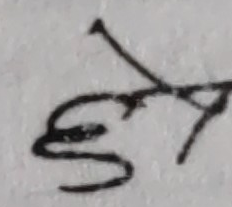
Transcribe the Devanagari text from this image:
छे